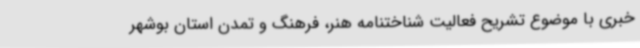
خبری با موضوع تشریح فعالیت شناختنامه هنر، فرهنگ و تمدن استان بوشهر